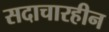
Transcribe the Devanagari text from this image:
सदाचारहीन